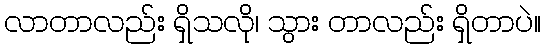
လာတာလည်း ရှိသလို၊ သွား တာလည်း ရှိတာပဲ။